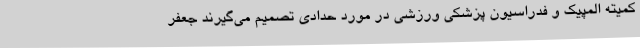
کمیته المپیک و فدراسیون پزشکی ورزشی در مورد حدادی تصمیم می‌گیرند جعفر